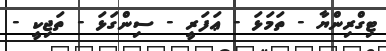
ޓިގްރިންޔާ - ތަމަޅަ - ޢަފަރީ - ސިންގަޅަ - ތަޖިކީ -